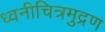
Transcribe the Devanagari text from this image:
ध्वनीचित्रमुद्रण